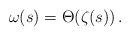
LaTeX: \begin{align*}\omega(s)& = \Theta(\zeta(s))\,.\end{align*}